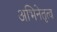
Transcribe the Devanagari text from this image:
अभिनेतृत्व